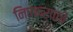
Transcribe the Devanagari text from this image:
निष्कर्षाचे